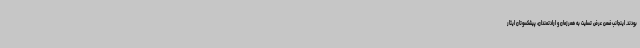
بودند. اینجانب ضمن عرض تسلیت به همرزمان و ارادتمندان، پیشکسوتان ایثار